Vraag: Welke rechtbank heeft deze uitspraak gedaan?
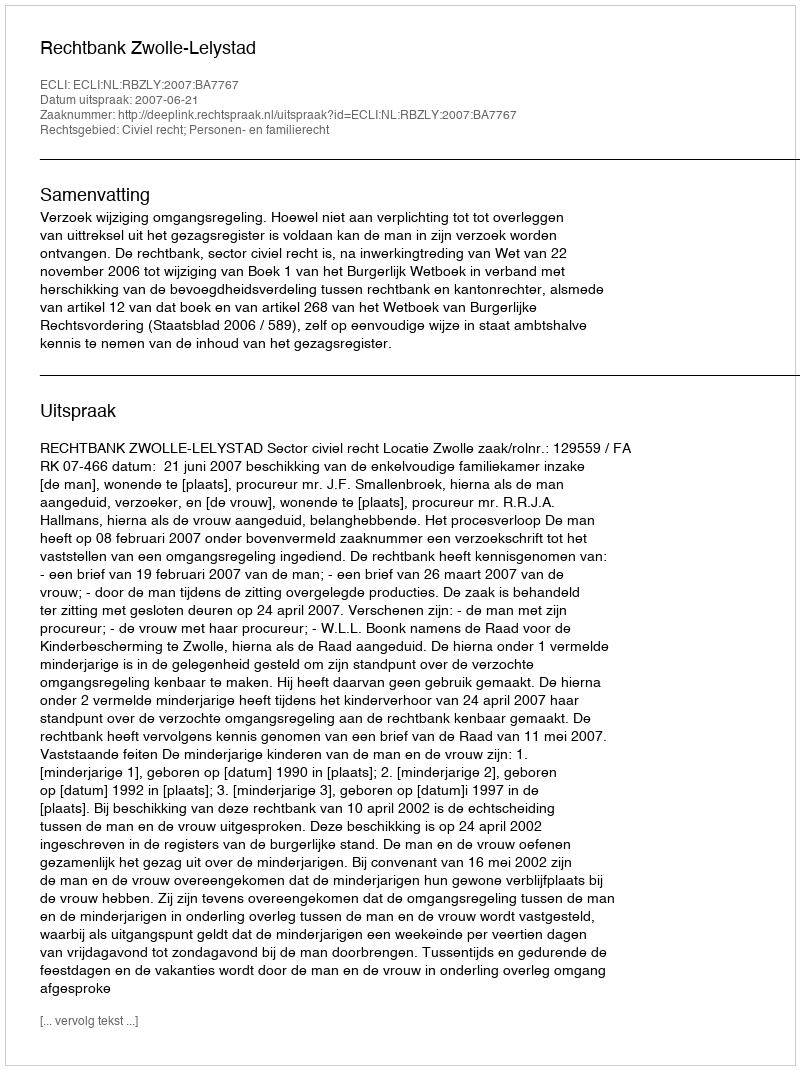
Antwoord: Rechtbank Zwolle-Lelystad